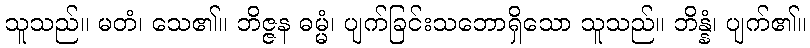
သူသည်။ မတံ၊ သေ၏။ ဘိဇ္ဇန ဓမ္မံ၊ ပျက်ခြင်းသဘောရှိသော သူသည်။ ဘိန္နံ၊ ပျက်၏။